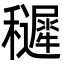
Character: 䆈